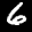
Label: 6